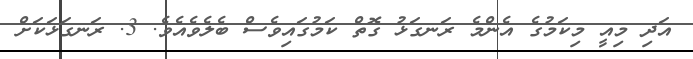
އަދި މިއީ މިކަމުގެ އެންމެ ރަނގަޅު ގޮތް ކަމުގައިވެސް ބެލެވެއެވެ. 3. ރަނގަޅަކަށް